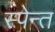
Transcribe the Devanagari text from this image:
स्पेन्त